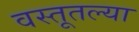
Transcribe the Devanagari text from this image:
वस्तूतल्या